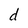
Character: d